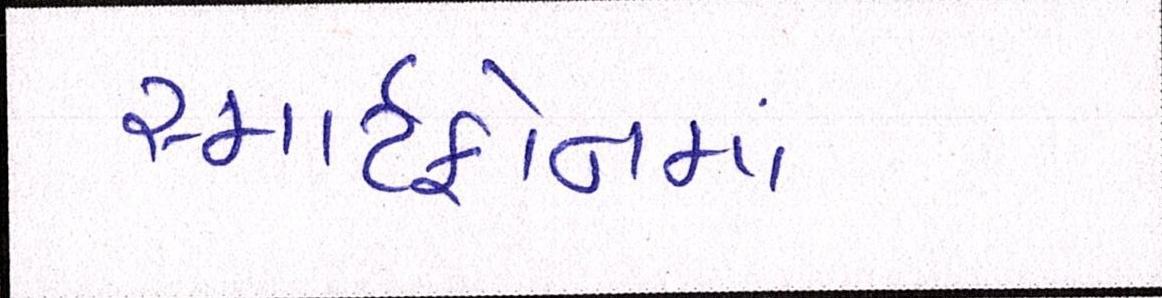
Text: સ્માર્ટફોનમાં